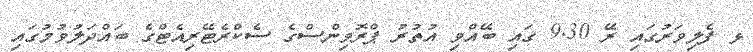
ޅ ފެލިވަރުގައި ރޭ 9.30 ގައި ބޭއްވި އުތުރު ޕްރޮވިންސްގެ ސެކްރެޓޭރިއެޓްގެ ބައްދަލުވުމުގައި